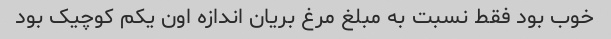
خوب بود فقط نسبت به مبلغ مرغ بریان اندازه اون یکم کوچیک بود